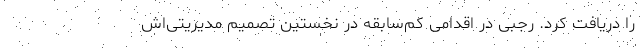
را دریافت کرد. رجبی در اقدامی کم‌سابقه در نخستین تصمیم مدیریتی‌اش